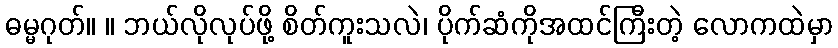
ဓမ္မဂုတ်။ ။ ဘယ်လိုလုပ်ဖို့ စိတ်ကူးသလဲ၊ ပိုက်ဆံကိုအထင်ကြီးတဲ့ လောကထဲမှာ